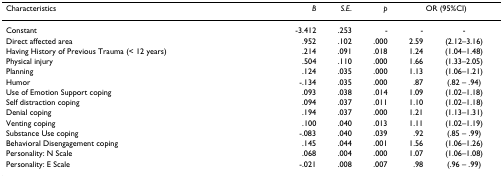
| Characteristics | B | S.E. | p | <COLSPAN=2> OR (95%CI) |
 | --- | --- | --- | --- | --- | --- |
 | Constant | -3.412 | .253 | - | - | - |
 | Direct affected area | .952 | .102 | .000 | 2.59 | (2.12–3.16) |
 | Having History of Previous Trauma (< 12 years) | .214 | .091 | .018 | 1.24 | (1.04–1.48) |
 | Physical injury | .504 | .110 | .000 | 1.66 | (1.33–2.05) |
 | Planning | .124 | .035 | .000 | 1.13 | (1.06–1.21) |
 | Humor | -.134 | .035 | .000 | .87 | (.82 – .94) |
 | Use of Emotion Support coping | .093 | .038 | .014 | 1.09 | (1.02–1.18) |
 | Self distraction coping | .094 | .037 | .011 | 1.10 | (1.02–1.18) |
 | Denial coping | .194 | .037 | .000 | 1.21 | (1.13–1.31) |
 | Venting coping | .100 | .040 | .013 | 1.11 | (1.02–1.19) |
 | Substance Use coping | -.083 | .040 | .039 | .92 | (.85 – .99) |
 | Behavioral Disengagement coping | .145 | .044 | .001 | 1.56 | (1.06–1.26) |
 | Personality: N Scale | .068 | .004 | .000 | 1.07 | (1.06–1.08) |
 | Personality: E Scale | -.021 | .008 | .007 | .98 | (.96 – .99) |